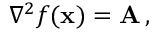
\nabla ^ { 2 } f ( \mathbf { x } ) = \mathbf { A } \, ,